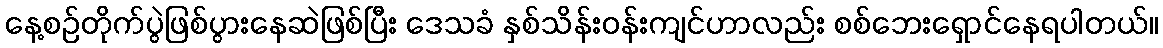
နေ့စဉ်တိုက်ပွဲဖြစ်ပွားနေဆဲဖြစ်ပြီး ဒေသခံ နှစ်သိန်းဝန်းကျင်ဟာလည်း စစ်ဘေးရှောင်နေရပါတယ်။